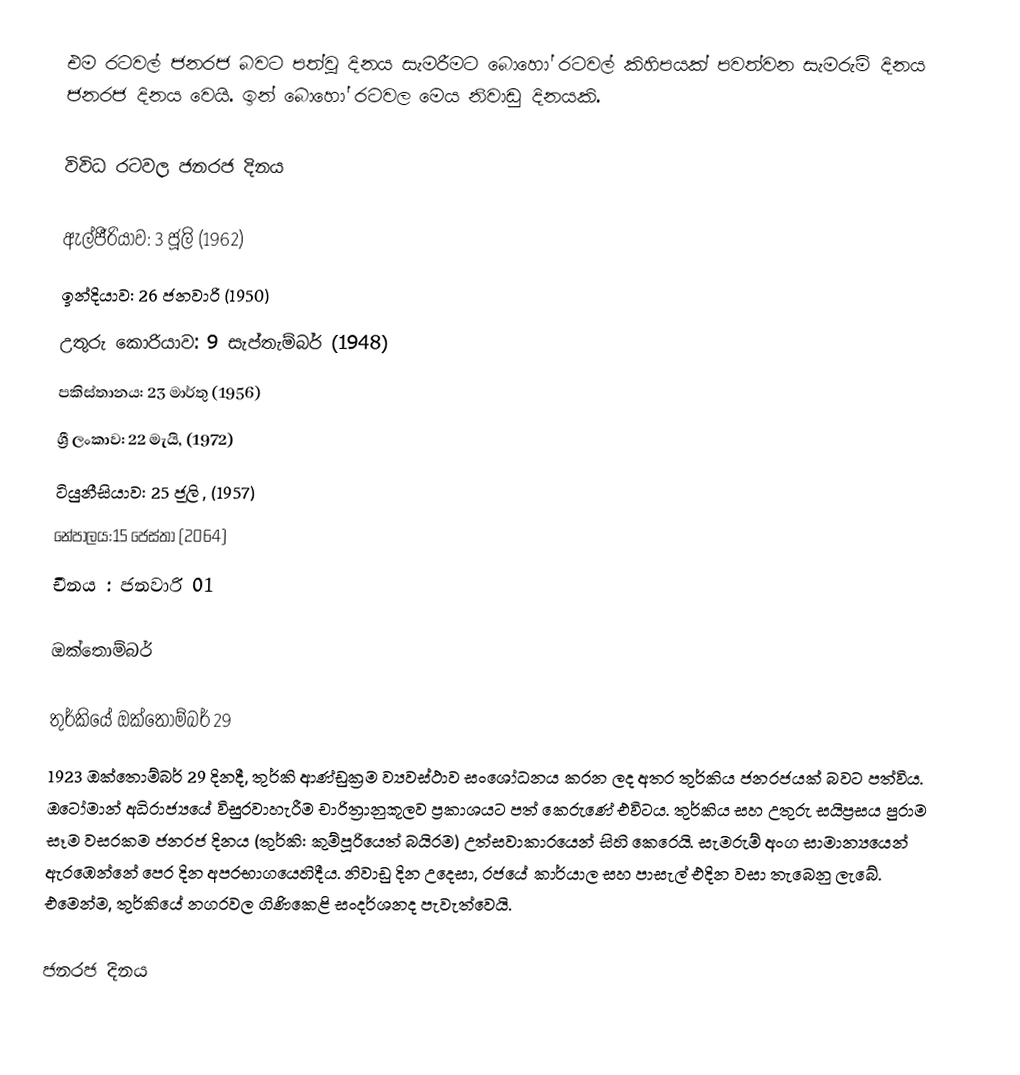
එම රටවල් ජනරජ බවට පත්වූ දිනය සැමරීමට බොහෝ රටවල් කිහිපයක් පවත්වන සැමරුම් දිනය ජනරජ දිනය වෙයි. ඉන් බොහෝ රටවල මෙය නිවාඩු දිනයකි.

විවිධ රටවල ජනරජ දිනය

 ඇල්ජීරියාව: 3 ජූලි (1962)
 ඉන්දියාව: 26 ජනවාරි (1950)
 උතුරු කොරියාව: 9 සැප්තැම්බර් (1948)
 පකිස්තානය: 23 මාර්තු (1956)
 ශ්‍රී ලංකාව: 22 මැයි, (1972)
 ටියුනීසියාව: 25 ජූලි , (1957)
 නේපාලය:15 ජෙස්තා (2064)
  චීනය  : ජනවාරි 01

ඔක්තොම්බර්

තුර්කියේ ඔක්තොම්බර් 29
1923 ඔක්තොම්බර් 29 දිනදී, තුර්කි ආණ්ඩුක්‍රම ව්‍යවස්ථාව සංශෝධනය කරන ලද අතර තුර්කිය ජනරජයක් බවට පත්විය. ඔටෝමාන් අධිරාජ්‍යයේ විසුරවාහැරීම චාරිත්‍රානුකූලව ප්‍රකාශයට පත් කෙරු‍ණේ එවිටය. තුර්කිය සහ උතුරු සයිප්‍රසය පුරාම සෑම වසරකම ජනරජ දිනය (තුර්කි: කුම්පූරියෙත් බයිරම) උත්සවාකාරයෙන් සිහි කෙරෙයි. සැමරුම් අංග සාමාන්‍යයෙන් ඇරඹෙන්නේ පෙර දින අපරභාගයෙහිදීය. නිවාඩු දින උදෙසා, රජයේ කාර්යාල සහ පාසැල් එදින වසා තැබෙනු ලැබේ. එමෙන්ම, තුර්කියේ නගරවල ගිණිකෙළි සංදර්ශනද පැවැත්වෙයි.

ජනරජ දිනය